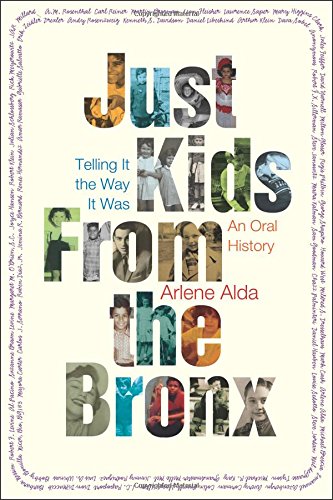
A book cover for Just Kids from the Bronx: Telling It the Way It Was: An Oral History; Arlene Alda; Humor & Entertainment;